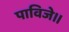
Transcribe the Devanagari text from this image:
पाविजे॥